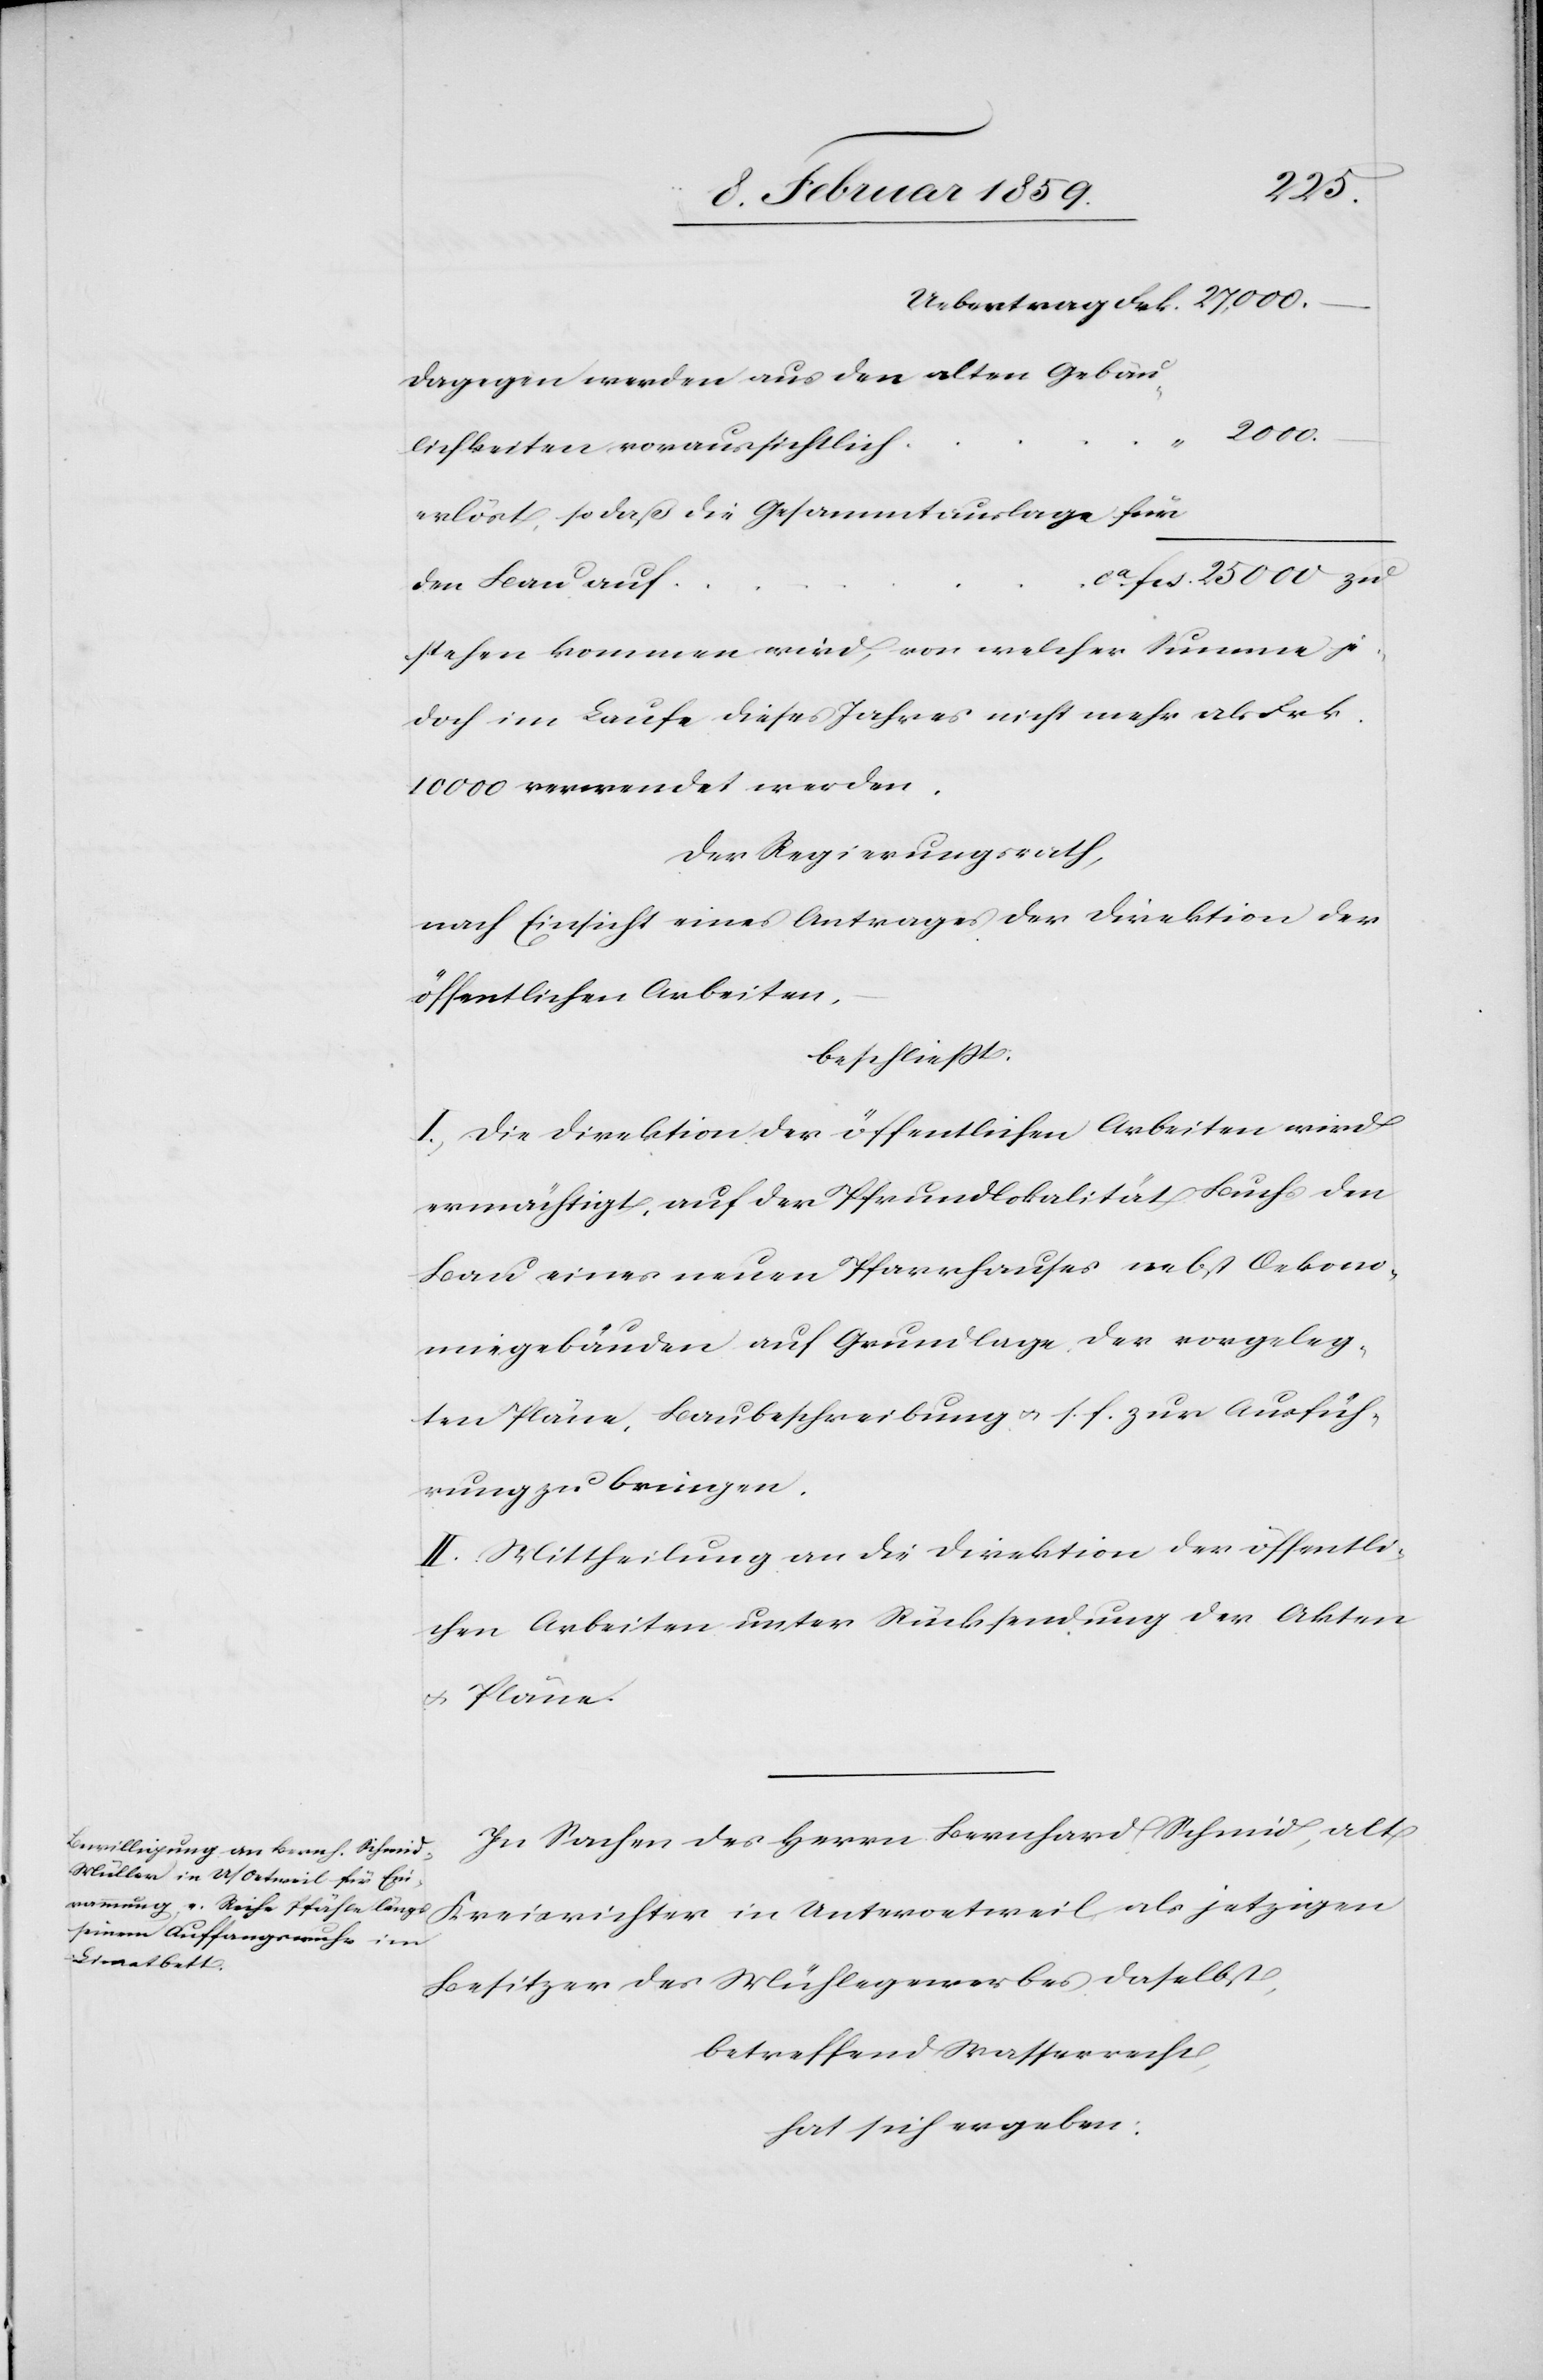
2000.
Dagegen werden aus den alten Gebäu¬
lichkeiten voraussichtlich
erlöst, so daß die Gesammtauslage für
den Bau auf
stehen kommen wird, von welcher Summe je¬
doch im Laufe dieses Jahres nicht mehr als Frk.
10 000 verwendet werden.
Der Regierungsrath,
nach Einsicht eines Antrages der Direktion der
öffentlichen Arbeiten,
beschließt:
I. Die Direktion der öffentlichen Arbeiten wird
ermächtigt, auf der Pfrundlokalität Buchs den
Bau eines neuen Pfarrhauses nebst Oekono¬
miegebäuden auf Grundlage, der vorgeleg¬
ten Pläne, Baubeschreibung u. s. f. zur Ausfüh¬
rung zu bringen.
II. Mittheilung an die Direktion der öffentli¬
chen Arbeiten unter Rücksendung der Akten
u. Pläne.
In Sachen des Herrn Bernhard Schmid, alt
Kreisrichter in Unteroetweil, als jetzigen
Besitzer des Mühlegewerbes daselbst,
betreffend Wasserrecht,
hat sich ergeben: